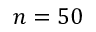
n = 5 0